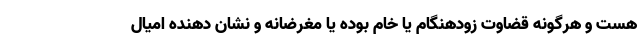
هست و هرگونه قضاوت زودهنگام یا خام بوده یا مغرضانه و نشان دهنده امیال